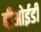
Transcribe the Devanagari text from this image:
बीओईडी